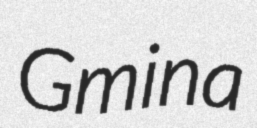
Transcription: Gmina